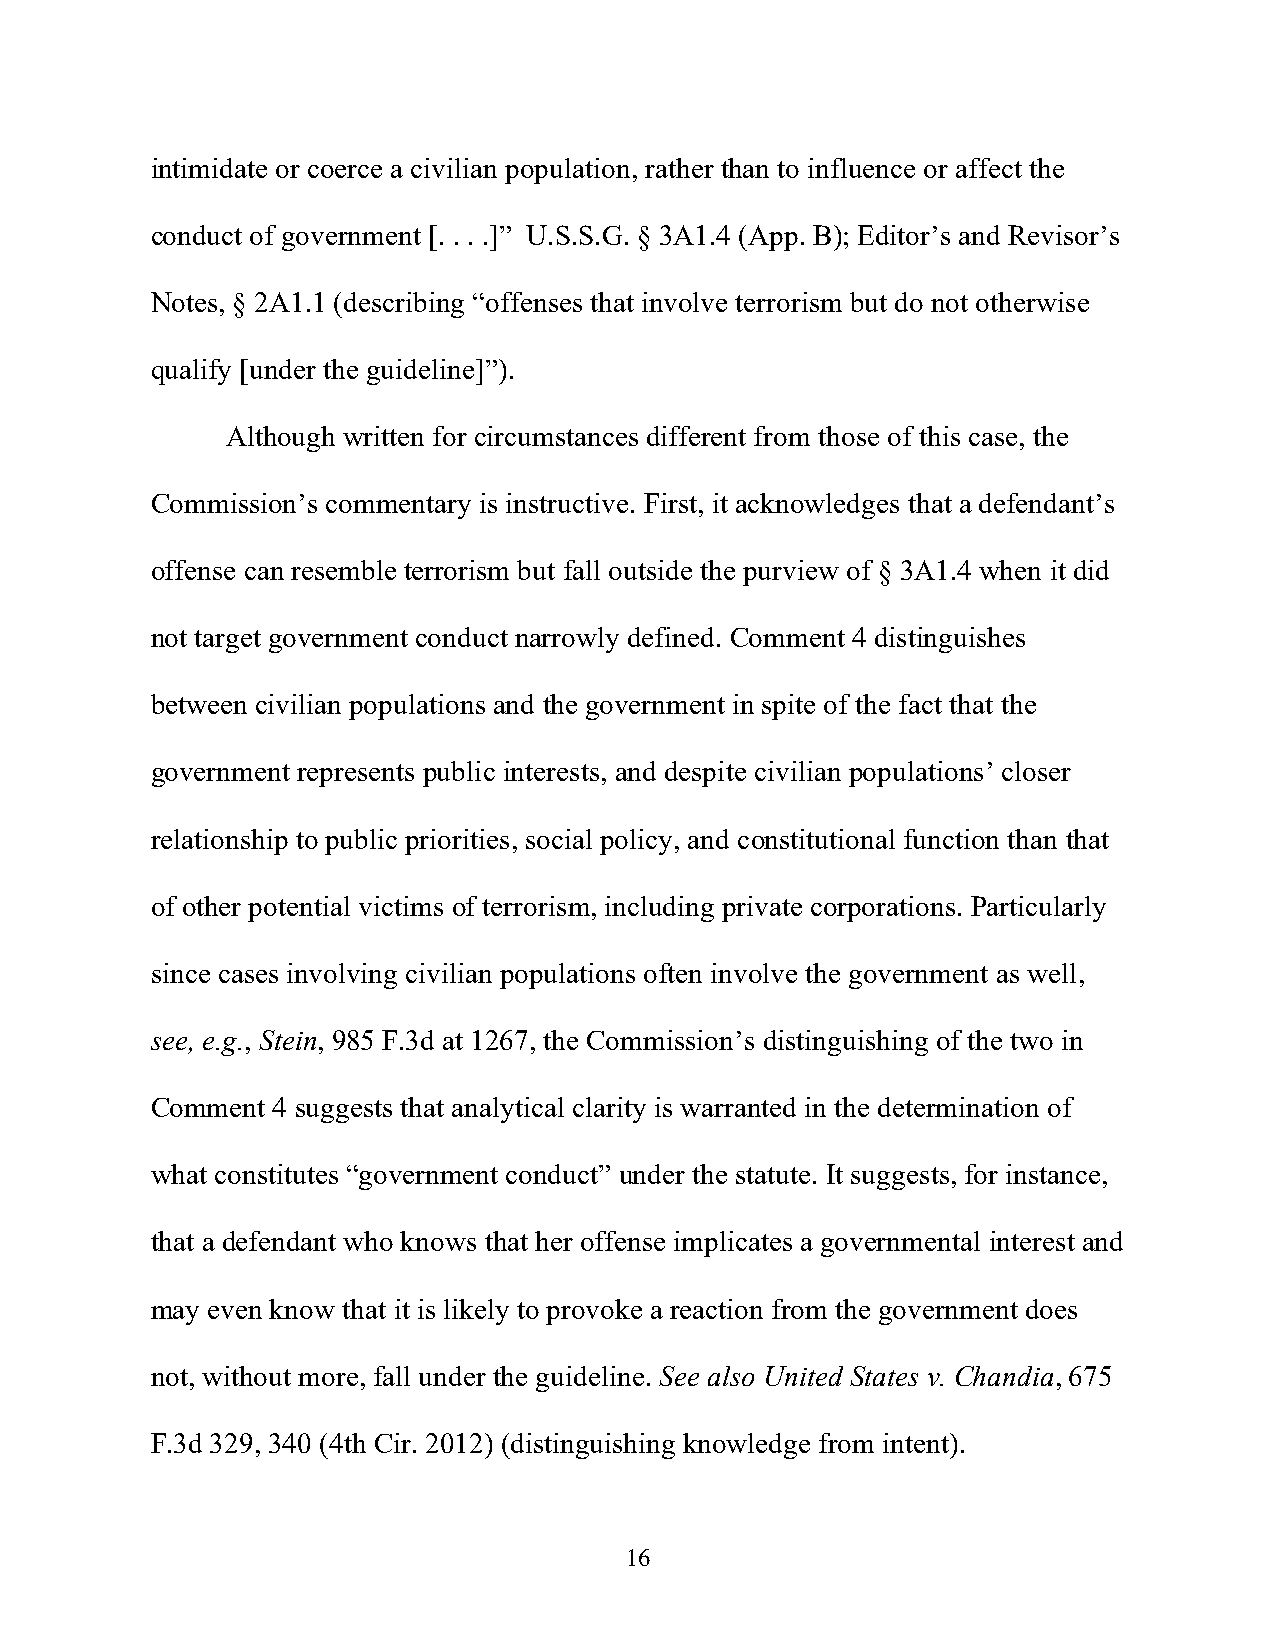
intimidate or coerce a civilian population, rather than to influence or affect the
 conduct of government [. . . .]” U.S.S.G. § 3A1.4 (App. B); Editor’s and Revisor’s
 Notes, § 2A1.1 (describing “offenses that involve terrorism but do not otherwise
 qualify [under the guideline]”).
 Although written for circumstances different from those of this case, the
 Commission’s commentary is instructive. First, it acknowledges that a defendant’s
 offense can resemble terrorism but fall outside the purview of § 3A1.4 when it did
 not target government conduct narrowly defined. Comment 4 distinguishes
 between civilian populations and the government in spite of the fact that the
 government represents public interests, and despite civilian populations’ closer
 relationship to public priorities, social policy, and constitutional function than that
 of other potential victims of terrorism, including private corporations. Particularly
 since cases involving civilian populations often involve the government as well,
 see, e.g., Stein, 985 F.3d at 1267, the Commission’s distinguishing of the two in
 Comment 4 suggests that analytical clarity is warranted in the determination of
 what constitutes “government conduct” under the statute. It suggests, for instance,
 that a defendant who knows that her offense implicates a governmental interest and
 may even know that it is likely to provoke a reaction from the government does
 not, without more, fall under the guideline. See also United States v. Chandia, 675
 F.3d 329, 340 (4th Cir. 2012) (distinguishing knowledge from intent).
 16